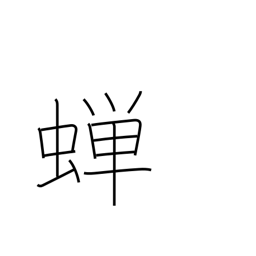
Meaning: cicada